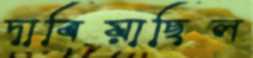
দাবিয়াছিল